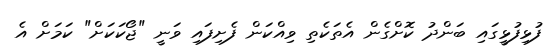
ފުޅިފުޅީގައި ބަންދު ކޮށްގެން އެތަކެތި ވިއްކަން ފެށިފައި ވަނީ "ޖޯކަކަށް" ކަމަށް އެ